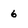
Character: 6